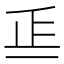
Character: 𣥋